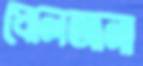
ঘোলআনা